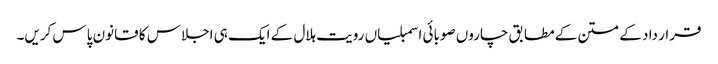
قرار داد کے متن کے مطابق چاروں صوبائی اسمبلیاں رویت ہلال کے ایک ہی اجلاس کا قانون پاس کریں۔